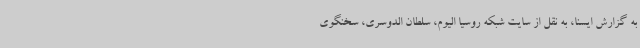
به گزارش ایسنا، به نقل از سایت شبکه روسیا الیوم، سلطان الدوسری، سخنگوی